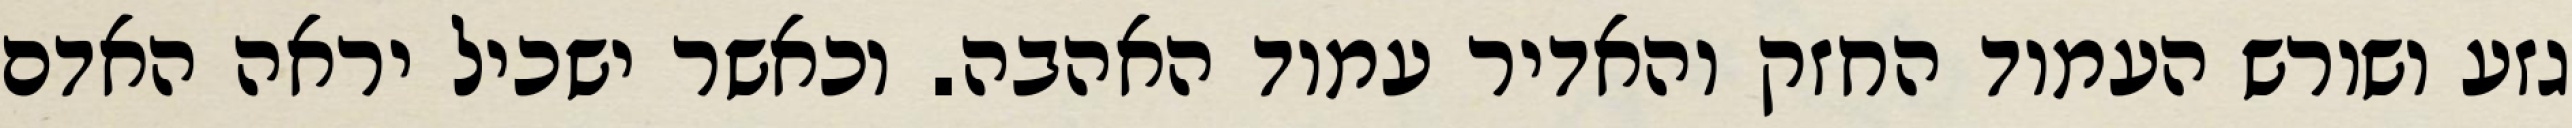
גזע ושורש העמוד החזק והאדיר עמוד האהבה. וכאשר ישכיל יראה האדם